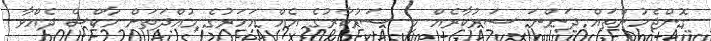
ގޮންޖެހުންތައް ދަންނަ ސަރުކާރެއް މި ސަރުކާރުގެ އެއް އަހަރުގެ މުއްދަތަށް މާކްސް ދެއްވާ